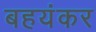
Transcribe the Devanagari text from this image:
बहयंकर